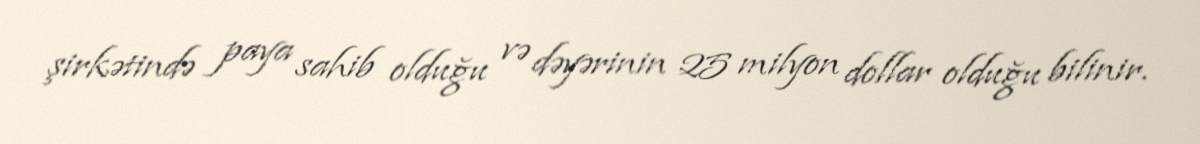
şirkətində paya sahib olduğu və dəyərinin 25 milyon dollar olduğu bilinir.